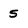
Character: 5